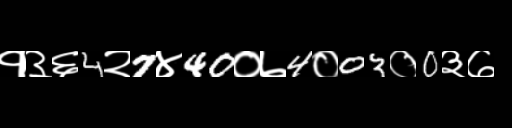
Text: १३६4२7४40०७4०03०0३७